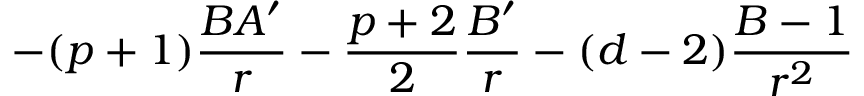
- ( p + 1 ) \frac { B A ^ { \prime } } { r } - \frac { p + 2 } { 2 } \frac { B ^ { \prime } } { r } - ( d - 2 ) \frac { B - 1 } { r ^ { 2 } }